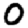
Digit: 0